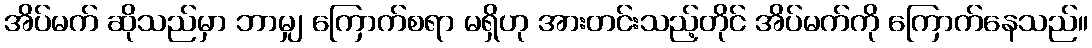
အိပ်မက် ဆိုသည်မှာ ဘာမျှ ကြောက်စရာ မရှိဟု အားတင်းသည့်တိုင် အိပ်မက်ကို ကြောက်နေသည်။